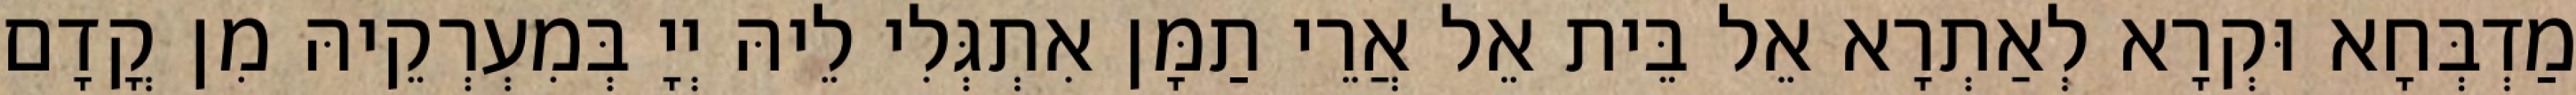
מַדְבְּחָא וּקְרָא לְאַתְרָא אֵל בֵּית אֵל אֲרֵי תַמָּן אִתְגְּלִי לֵיהּ יְיָ בְּמִעְרְקֵיהּ מִן קֳדָם